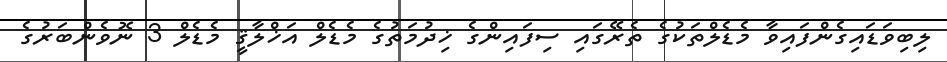
ލިބިވަޑައިގެންފައިވާ މެޑެލްތަކުގެ ތެރޭގައި ސިފައިންގެ ޚިދުމަތުގެ މެޑެލް އަޚްލާޤީ މެޑެލް 3 ނޮވެންބަރުގެ